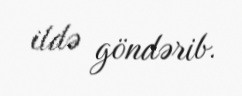
ildə göndərib.